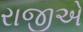
રાજીએ